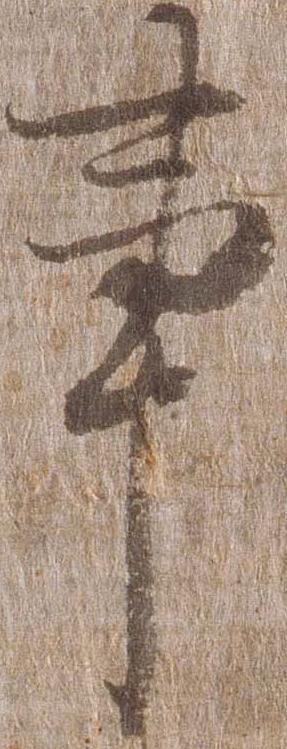
事